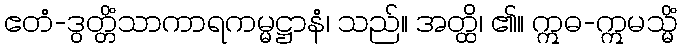
ဧတံ-ဒွတ္တိံသာကာရကမ္မဋ္ဌာနံ၊ သည်။ အတ္ထိ၊ ၏။ ဣဓ-ဣမသ္မိံ